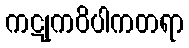
ကဋုကဝိပါကတရာ